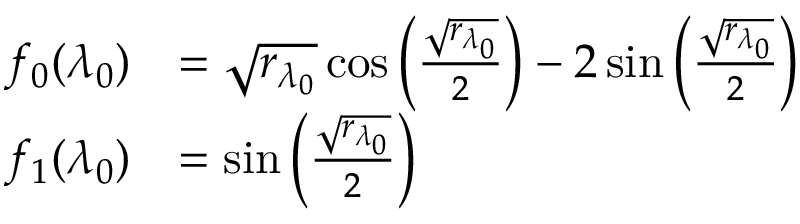
\begin{array} { r l } { f _ { 0 } ( \lambda _ { 0 } ) } & { = \sqrt { { r _ { \lambda _ { 0 } } } } \cos \left( \frac { \sqrt { { r _ { \lambda _ { 0 } } } } } { 2 } \right) - 2 \sin \left( \frac { \sqrt { { r _ { \lambda _ { 0 } } } } } { 2 } \right) } \\ { f _ { 1 } ( \lambda _ { 0 } ) } & { = \sin \left( \frac { \sqrt { { r _ { \lambda _ { 0 } } } } } { 2 } \right) } \end{array}